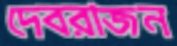
দেবরাজন